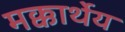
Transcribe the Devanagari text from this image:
मक्कार्थेय